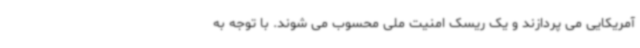
آمریکایی می پردازند و یک ریسک امنیت ملی محسوب می شوند. با توجه به